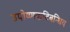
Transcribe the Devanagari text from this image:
उपोष्णकटिबन्धिय